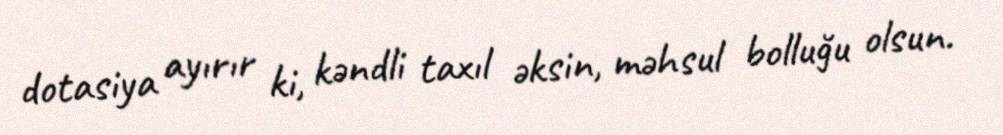
dotasiya ayırır ki, kəndli taxıl əksin, məhsul bolluğu olsun.